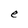
Character: e